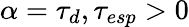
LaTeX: \alpha=\tau_{d},\tau_{esp}>0